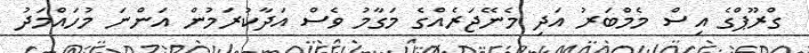
ގްރޫޕްގެ އިސް މެމްބަރު އަދި މެނޭޖަރެއްގެ މަގާމު ވެސް އަދާކުރަމުން އަންނަ މުހައްމަދު